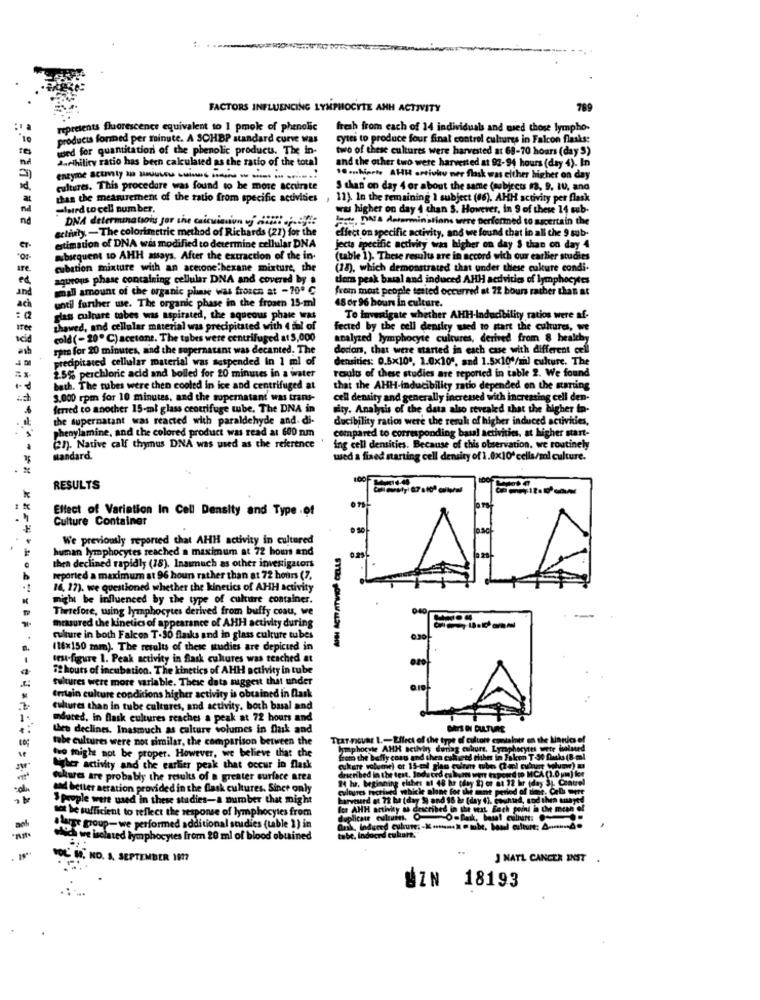
FACTORS INFLUENCING LYMPHOCYTE ANH ACTIVITY
769
represents fluorescence equivalent to 1 pmoke of phenolic
fresh from each of 14 individuals and wied those lympho-
products forned per minute. A SCHBP standard curve was
cytes to produce four final control cultures in Falcon flasks:
wed for quantitation of the phenolic products. The in-
two of these cultures were harvested at 68-70 hours (day S)
darthility ratio has been calculated as the ratio of the total
and the other two were harvested at 92-94 hours (day 4). In
enzyme actanty xp siauuuu .. i ... ...... .. ..... ... ........
10 enhipote AHH artivhv ner flask was either higher on day
cultures. This procedure was found to be more accurate
S than on day 4 or about the same (subjects #3, 9, 10, and
than the measurement of the ratio from specific activities
11). In the remaining I subject (86). AHH activity per flask
-lared to cell number.
ww higher on day 4 chan S. However, in 9 of these 14 sub-
DNA determination for the caicvinnun of !!! .... 42
latte, DNA determinations were performed to ascertain the
effect on specific activity, and we found that in all the 9 sub-
activity. - The colorimetric method of Richards (27) for the
estimation of DNA was modified to determine cellular DNA
jects specific activity was higher on day § than on day 4
mbsequent to AHH assays. After the extraction of the in-
(table 1). These results are in accord with our earlier studies
are
cubation mixture with an acetone hexane mixture, the
(18), which demonstrated that under these culture condi.
agurons phase containing cellular DNA and covered by a
toms peak basal and induced AHH acdvities of lymphocytes
and
small amount of the organic plane was frozen at -70 ℃
from mout people tested occurred at 72 bours rather than at
ach
until further we. The organic phase in the frozen 15-ml
18 or 96 hours in culture.
: Q
glas culpare tobes was aspirated, the aqueous phate was
To Investigate whether AHH-Inducibility ratios were af-
Ife
thawed, and cellular material was precipitated with 4 dal of
fected by the cell density used to start the cultures, we
cold (-20º C) acetone. The tubes were centrifuged at 5,000
analyzed lymphocyte cultures, derived from 8 healthy
ash
ram for 20 minutes, and the supernatant was decanted. The
dodon, that were started in each case with different cell
edipitated cellular material was suspended In 1 ml of
densities: 0.5×10", 1.0x10%, and 1.5x10 /m) culture. The
roult of these studies are reported in table 2. We found
25% perchloric acid and boiled for 20 minutes in a water
bath. The tubes were then cooled in ice and centrifuged at
that the AHH-inducibility ratio depended on the starting
3.000 rpm for 10 minutes, and the supernatant was trans-
cell density and generally increased with increasing cell den-
frmed to another 15-ml glass centrifuge tube, The DNA in
pity. Analysis of the data also revealed that the higher In-
the supernatant was reacted with paraldehyde and. di-
ducibility ratios were the resul of higher induced activkies,
phenylamine, and the colored product was read at 600 nm
compared to corresponding basal activities, at higher start-
en). Native calf thymus DNA was used as the reference
ing cell densities. Because of this observation. we routinely
mandard.
wed a fixed starting cell density of 1.0x10' cells/ml culture.
RESULTS
Effect of Variation In Cell Density and Type .of
Culture Container
We previously reported that AHH activity in cultured
human lymphocytes reached a maximum at 72 hours and
thea declined rapidly (18). Inasmuch as other investigators
reported a maximum at 96 hours rather than at 72 hours (7,
14, 17). we questioned whether the kinetics of AHH activity
might be influenced by the type of culture container.
Therefore, wing lymphocytes derived from buffy coau, we
Ihrtuured the kinetics of appearance of AHH activity during
culture in both Falcon T.30 flasks and in glass culture tubes
(18x150 mm). The results of these studies are depicted in
ces-figure 1. Peak activity in flask cultures was reached at
12 hours of incubation. The kinetics of AHH activity in tube
tukures were more variable. These data suggest that under
Errlain culture conditions higher activity is obtained in fark
cultures than in tube cultures, and activity. both basal and
mdured, in flask cultures reaches a peak at 72 hours and
then declines. Inasmuch as culture volumes in flask and
tobe cultures were not similar, the comparison between the
TEAT -FGuat 1 .- Effect of the type of cultore contal
lymphocyte AHH acilvin dunag culurs. Lyraph
two might not be proper. However, we believe that the
from the buffy coat and thea coheed tiche in Fal
Cyber activity and the earlier peak that occur in flask
-
Cukures are probably the results of a greater surface area
described in the test. Induced cu lums www exposed
24 h. beginning elches af 48 he they 2) or at 32
and better aeration provided in the flask cultures. Since only
cultures hectised whiche alane for ikke mint peres
People were used in these studies-a number that might
harverd at 72 ha (day S) and 96 ar (day 4). Count
day #1.
not be sufficient to reflect the response of lymphocytes from
duplicate culumns. O
Blatt group-we performed additional studies (table 1) in
Ark, Indured cukune :- Komen. x @ tube, boul
which we isolated lymphocytes from 20 ml of blood obtained
tobe. Induced culture.
OCH, NO. A. SEPTEMBER 1917
J NATL CANCER MOST .
BZN 18193